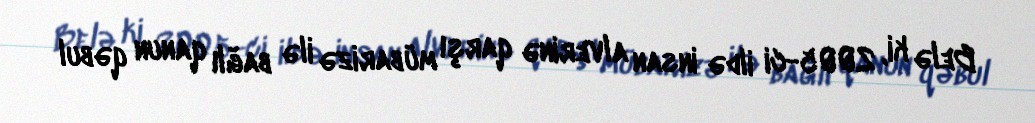
Belə ki, 2005-ci ildə insan alverinə qarşı mübarizə ilə bağlı qanun qəbul